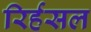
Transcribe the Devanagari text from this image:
रिर्हसल